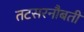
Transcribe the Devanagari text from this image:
तटसरनौबती